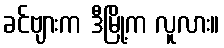
ခင်ဗျားက ဒီမြို့က လူလား။